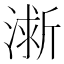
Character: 𪷀